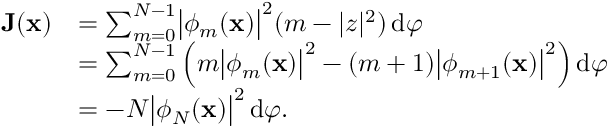
\begin{array} { r l } { \textbf J ( \textbf x ) } & { = \sum _ { m = 0 } ^ { N - 1 } \bigl | \phi _ { m } ( \textbf x ) \bigr | ^ { 2 } ( m - | z | ^ { 2 } ) \, \mathrm { d } \varphi } \\ & { = \sum _ { m = 0 } ^ { N - 1 } \Big ( m \bigl | \phi _ { m } ( \textbf x ) \bigr | ^ { 2 } - ( m + 1 ) \bigl | \phi _ { m + 1 } ( \textbf x ) \bigr | ^ { 2 } \Big ) \, \mathrm { d } \varphi } \\ & { = - N \bigl | \phi _ { N } ( \textbf x ) \bigr | ^ { 2 } \, \mathrm { d } \varphi . } \end{array}